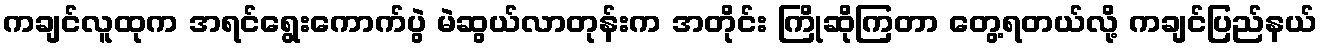
ကချင်လူထုက အရင်ရွေးကောက်ပွဲ မဲဆွယ်လာတုန်းက အတိုင်း ကြိုဆိုကြတာ တွေ့ရတယ်လို့ ကချင်ပြည်နယ်